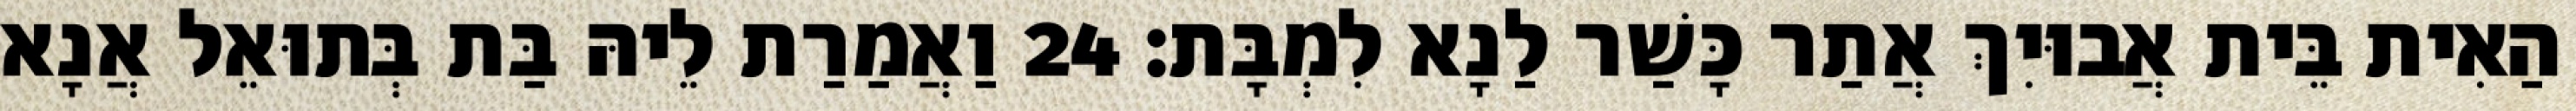
הַאִית בֵּית אֲבוּיִךְ אֲתַר כָּשַׁר לַנָא לִמְבָּת׃ 24 וַאֲמַרַת לֵיהּ בַּת בְּתוּאֵל אֲנָא